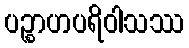
ပဉ္စာဟပရိဝါသဿ